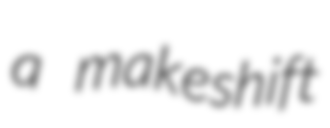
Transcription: a makeshift